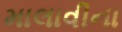
માલાવીના